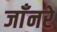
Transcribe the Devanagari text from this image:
जाँनरे